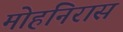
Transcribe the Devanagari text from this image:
मोहनिरास